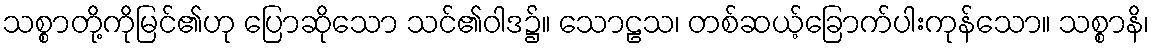
သစ္စာတို့ကိုမြင်၏ဟု ပြောဆိုသော သင်၏ဝါဒ၌။ သောဠသ၊ တစ်ဆယ့်ခြောက်ပါးကုန်သော။ သစ္စာနိ၊